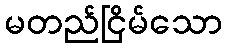
မတည်ငြိမ်သော